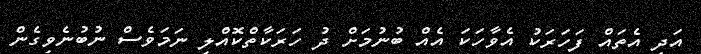
އަދި އެތައް ފަހަރަކު އެވާހަކަ އެއް ބުނުމަށް ދު ހަރަކާތްކޮއްލި ނަމަވެސް ނުބުނެވިގެން